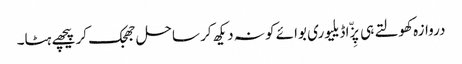
دروازہ کھولتے ہی پِزّا ڈیلیوری بوائے کو نہ دیکھ کر ساحل جھجک کر پیچھے ہٹا۔